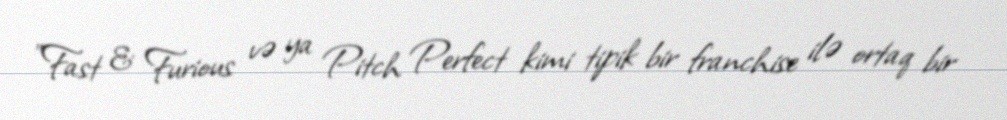
"Fast & Furious və ya Pitch Perfect kimi tipik bir franchise ilə ortaq bir